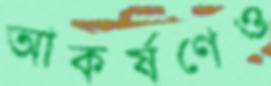
আকর্ষণেও